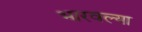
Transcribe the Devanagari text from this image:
भारवल्या